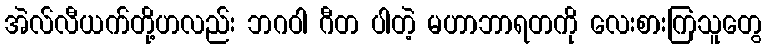
အဲလ်လီယက်တို့ဟလည်း ဘဂဝါ ဂီတ ပါတဲ့ မဟာဘာရတကို လေးစားကြသူတွေ